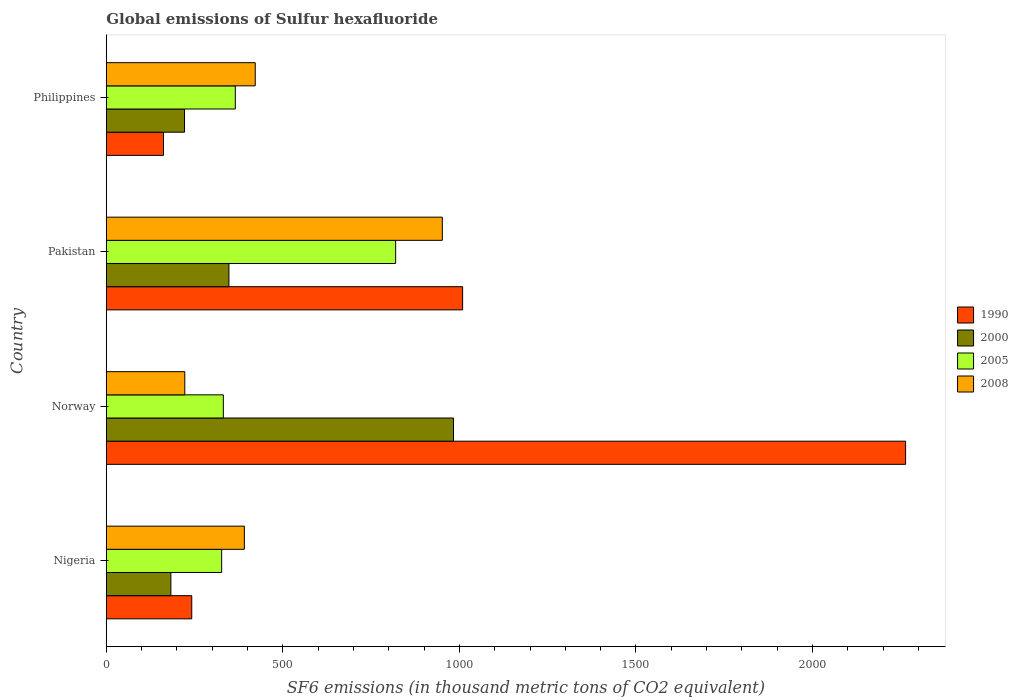
| Country | 1990 | 2000 | 2005 | 2008 |
 | --- | --- | --- | --- | --- |
 | Nigeria | 242 | 183 | 327 | 391 |
 | Norway | 2.26e+03 | 983 | 331 | 222 |
 | Pakistan | 1.01e+03 | 347 | 819 | 952 |
 | Philippines | 162 | 221 | 365 | 422 |